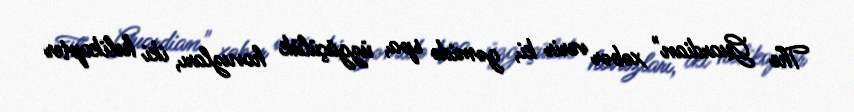
The Guardian" xəbər verir ki, gəmidə spa, üzgüçülük hovuzları, iki helikopter